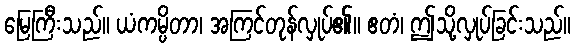
မြေကြီးသည်။ ယံကမ္ပိတာ၊ အကြင်တုန်လှုပ်၏။ ဧတံ၊ ဤသို့လှုပ်ခြင်းသည်။